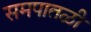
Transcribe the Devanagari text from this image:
समपातळी